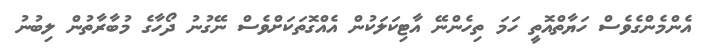
އެންމެންގެވެސް ހަޔާތްއޮތީ ހަަމަ ތިހެންނޭ އާޓިކަލަކުން އެއްގޮތަކަށްވެސް ނޭގުނު ދޯހާގެ މުބާރާތުން ލިބުނު